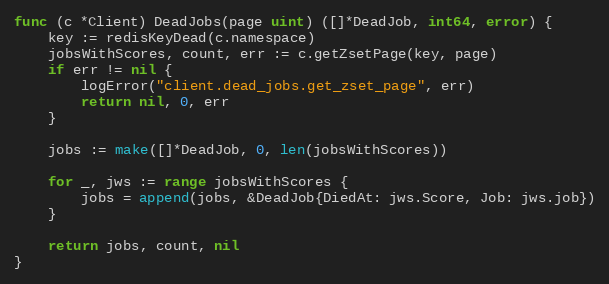
Language: Go
func (c *Client) DeadJobs(page uint) ([]*DeadJob, int64, error) {
	key := redisKeyDead(c.namespace)
	jobsWithScores, count, err := c.getZsetPage(key, page)
	if err != nil {
		logError("client.dead_jobs.get_zset_page", err)
		return nil, 0, err
	}

	jobs := make([]*DeadJob, 0, len(jobsWithScores))

	for _, jws := range jobsWithScores {
		jobs = append(jobs, &DeadJob{DiedAt: jws.Score, Job: jws.job})
	}

	return jobs, count, nil
}